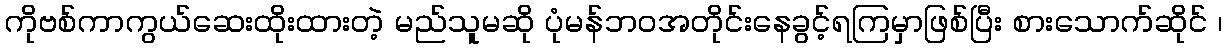
ကိုဗစ်ကာကွယ်ဆေးထိုးထားတဲ့ မည်သူမဆို ပုံမန်ဘဝအတိုင်းနေခွင့်ရကြမှာဖြစ်ပြီး စားသောက်ဆိုင် ၊